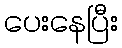
ပေးနေပြီး